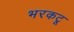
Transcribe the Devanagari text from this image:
भरकटू